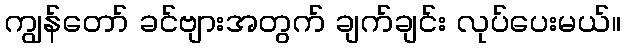
ကျွန်တော် ခင်ဗျားအတွက် ချက်ချင်း လုပ်ပေးမယ်။